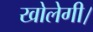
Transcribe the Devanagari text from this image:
खोलेगी।